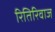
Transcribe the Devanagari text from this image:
रितिरिवाज